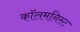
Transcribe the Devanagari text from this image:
कॉलमनिस्ट